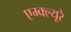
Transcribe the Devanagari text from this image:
एम्क्ल्यूरे